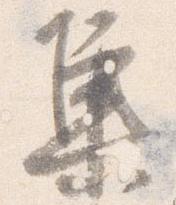
集